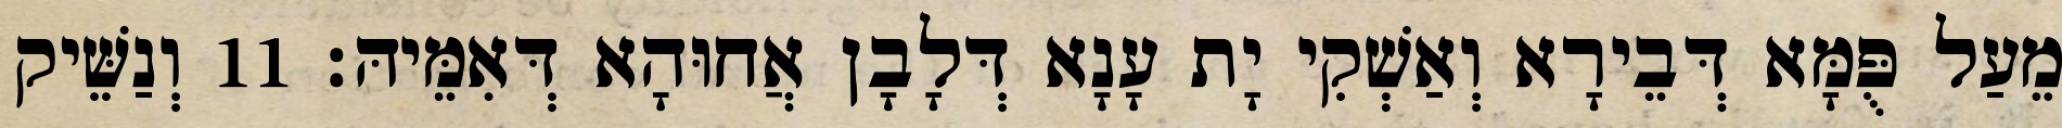
מֵעַל פֻּמָּא דְּבֵירָא וְאַשְׁקִי יָת עָנָא דְּלָבָן אֲחוּהָא דְּאִמֵּיהּ׃ 11 וְנַשֵּׁיק